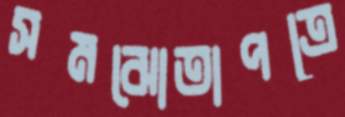
সমঝোতাপত্রে